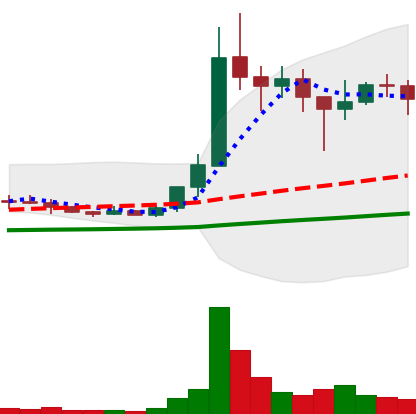
Ticker: XLM-USD
Chart end date: 2021-01-15
Forward return: 3.302%
Label: up_3_5